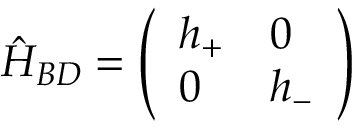
\hat { H } _ { B D } = \left( \begin{array} { l l } { h _ { + } } & { 0 } \\ { 0 } & { h _ { - } } \end{array} \right)